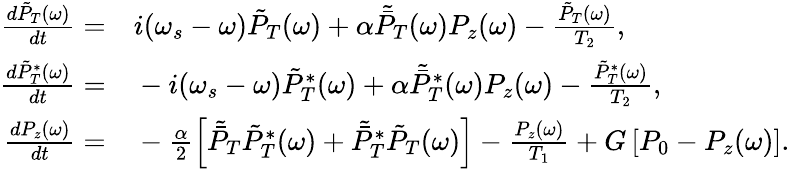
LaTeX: \begin{array}{rl}{\frac{d\tilde{P}_{T}(\omega)}{dt}=}&{{}i(\omega_{s}-\omega)\tilde{P}_{T}(\omega)+\alpha\tilde{\bar{P}}_{T}(\omega)P_{z}(\omega)-\frac{\tilde{P}_{T}(\omega)}{T_{2}},}\\ {\frac{d\tilde{P}_{T}^{*}(\omega)}{dt}=}&{{}-i(\omega_{s}-\omega)\tilde{P}_{T}^{*}(\omega)+\alpha\tilde{\bar{P}}_{T}^{*}(\omega)P_{z}(\omega)-\frac{\tilde{P}_{T}^{*}(\omega)}{T_{2}},}\\ {\frac{dP_{z}(\omega)}{dt}=}&{{}-\frac{\alpha}{2}\left[\tilde{\bar{P}}_{T}\tilde{P}_{T}^{*}(\omega)+\tilde{\bar{P}}_{T}^{*}\tilde{P}_{T}(\omega)\right]-\frac{P_{z}(\omega)}{T_{1}}+G\left[P_{0}-P_{z}(\omega)\right].}\end{array}